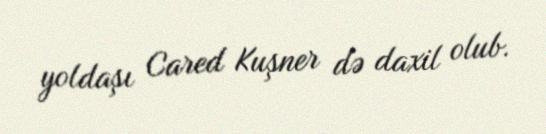
yoldaşı Cared Kuşner də daxil olub.